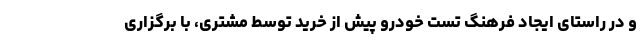
و در راستای ایجاد فرهنگ تست خودرو پیش از خرید توسط مشتری، با برگزاری